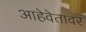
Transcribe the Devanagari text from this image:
आहेवेतावर